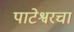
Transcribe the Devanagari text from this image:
पाटेश्वरचा